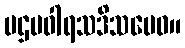
ပဌမဝါရသဒိသမေဝ။